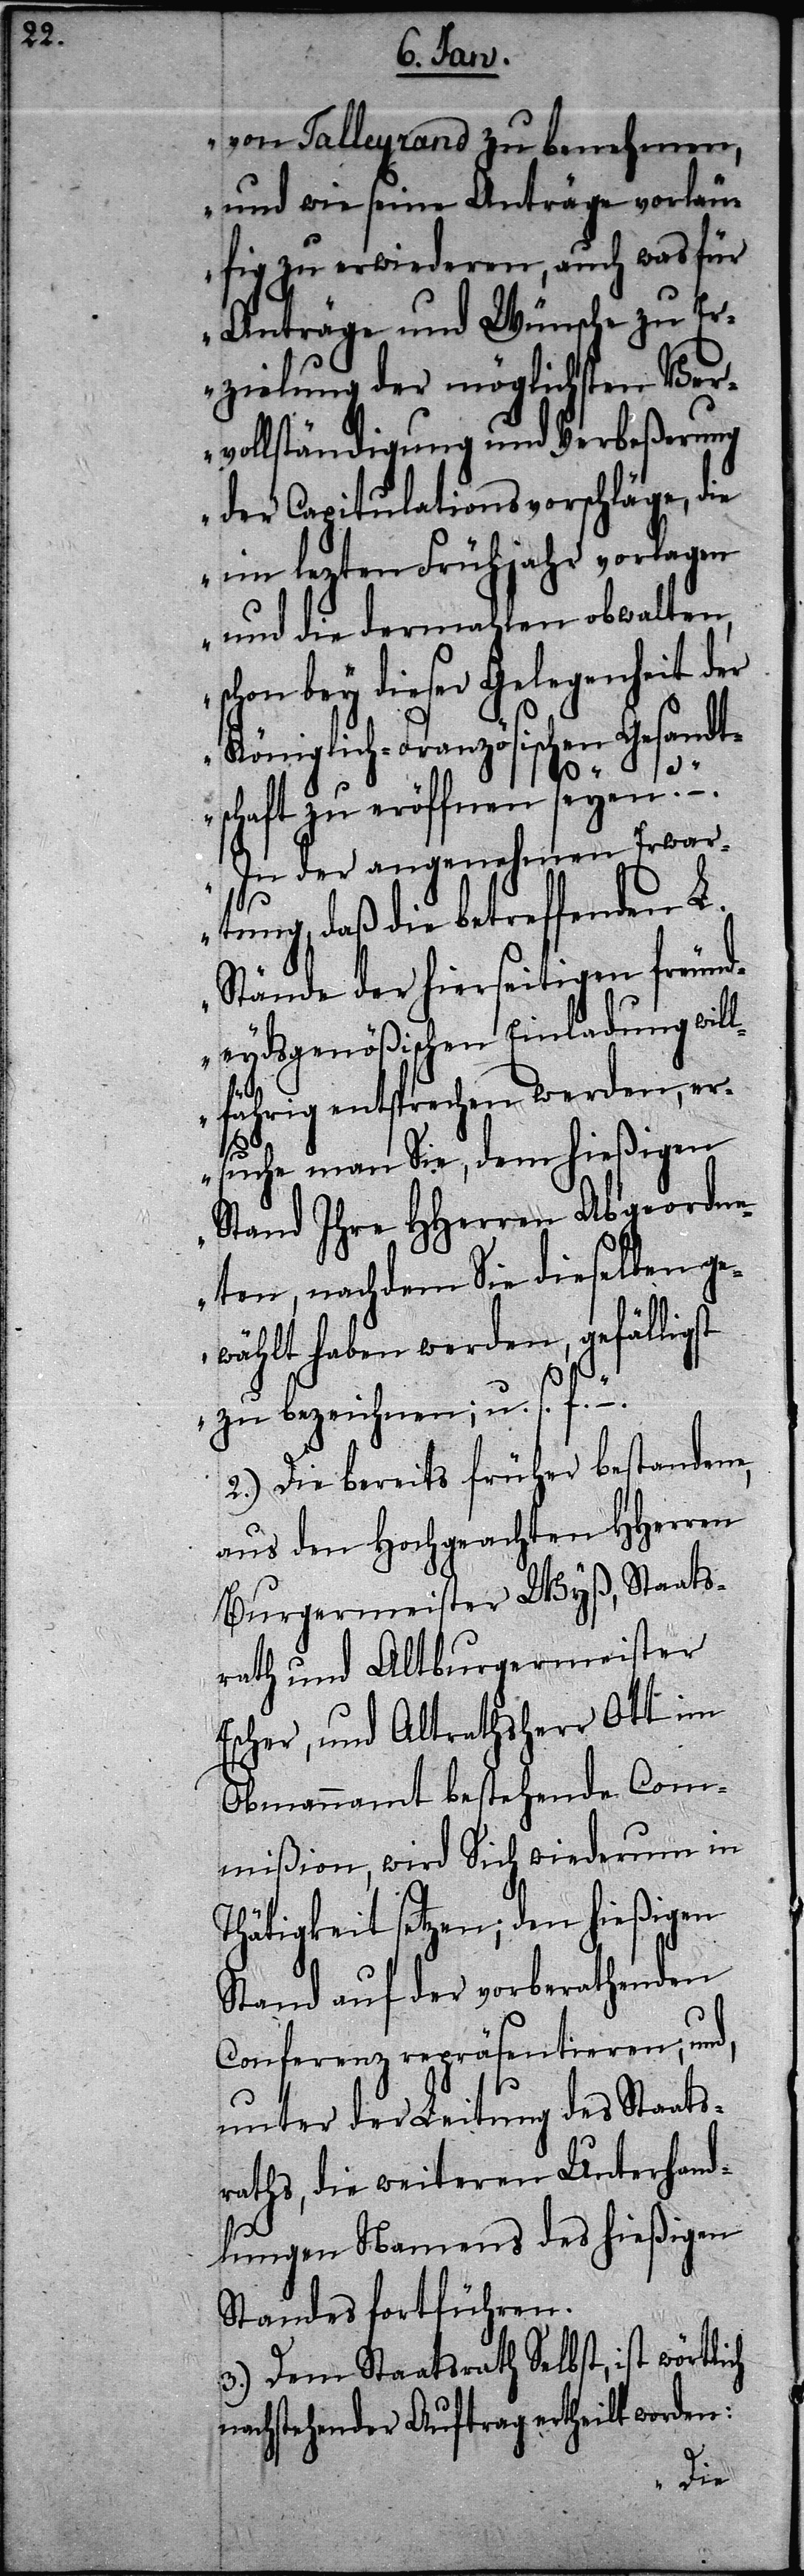
Talleyrand zu benehmen,
und wie seine Anträge vorläu¬
fig zu erwiederen, auch was für
Anträge und Wünsche zu Er¬
zielung der möglichsten Ver¬
vollständigung und Verbeßerung
der Capitulationsvorschläge, die
im lezten Frühjahr vorlagen
und die dermahlen obwalten,
schon bey dieser Gelegenheit der
Königlich-Französischen Gesandt¬
schaft zu eröffnen seyen?“
„In der angenehmen Erwar¬
tung, daß die betreffenden L.
Stände der hierseitigen freund¬
eydsgenößischen Einladung will¬
ch
fährig entsprechen werden, er¬
suche man Sie, dem hießigen
Stand Ihre HHerren Abgeordne¬
ten, nachdem Sie dieselben ge¬
wählt haben werden, gefälligst
zu bezeichnen; u. s. f.“
2.) Die bereits früher bestandene,
aus den Hochgeachten HHerren
Burgermeister Wyß, Staats¬
rath und Altburgermeister
Escher, und Altrathsherr Ott im
Obmannamt bestehende Com¬
mißion, wird Sich wiederum in
Thätigkeit setzen; den hießigen
Stand auf der vorberathenden
Conferenz repräsentieren; und,
unter der Leitung des Staats¬
raths, die weiteren Unterhand¬
lungen Namens des hießigen
Standes fortführen.
3.) Dem Staatsrath Selbst; ist wörtli¬
nachstehender Auftrag ertheilt worden: